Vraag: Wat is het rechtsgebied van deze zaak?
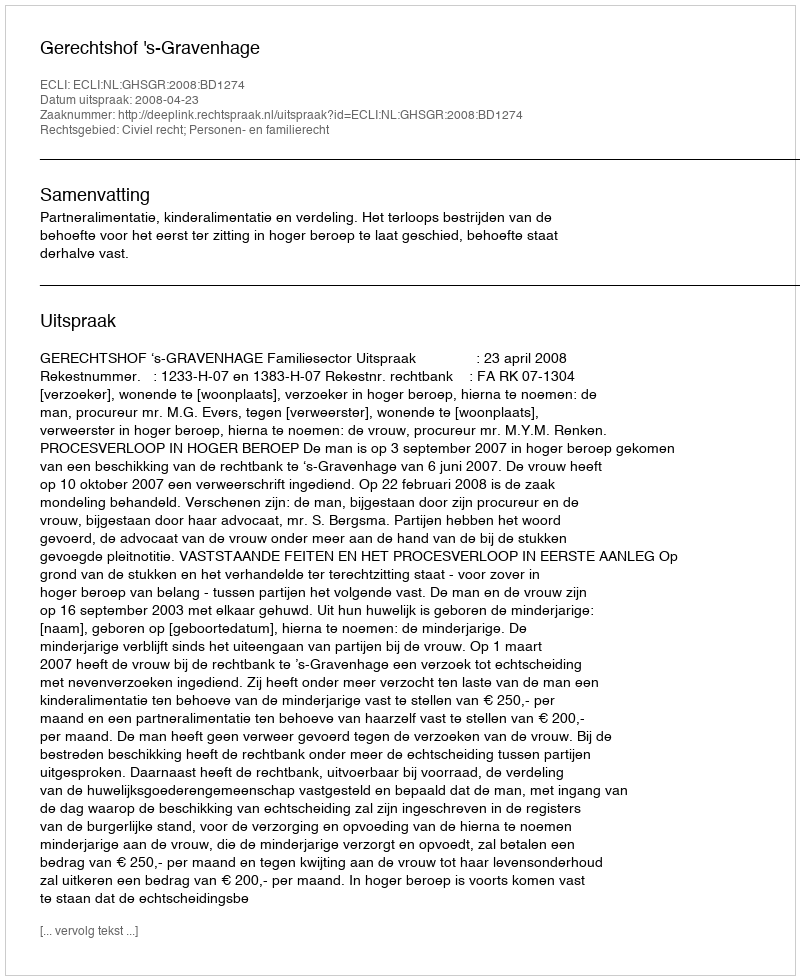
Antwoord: Civiel recht; Personen- en familierecht